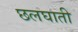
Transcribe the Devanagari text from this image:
छलघाती